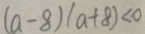
( a - 8 ) ( a + 8 ) < 0